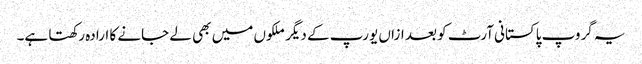
یہ گروپ پاکستانی آرٹ کو بعد ازاں یورپ کے دیگر ملکوں میں بھی لے جانے کا ارادہ رکھتا ہے۔